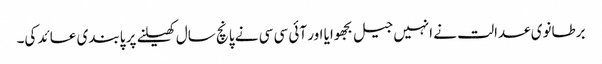
برطانوی عدالت نے انہیں جیل بجھوایا اور آئی سی سی نے پانچ سال کھیلنے پر پابندی عائد کی۔